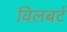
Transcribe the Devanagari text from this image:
विलबर्ट